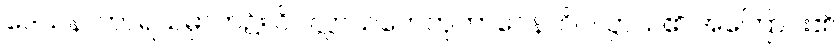
ဒေသနာဟာရသမ္ပာတ၌။ ဝိပလ္လာသဟေတုဘာဝေန၊ ဝိပလ္လာသ၏ အကြောင်း၏